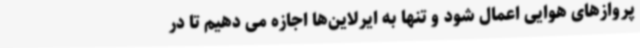
پروازهای هوایی اعمال شود و تنها به ایرلاین‌ها اجازه می دهیم تا در